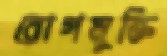
রোগমুক্তি